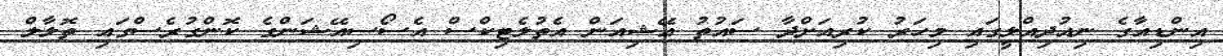
އިންޑިއާގެ ނިއުދިއްލީގައި މިހަރު ކުރިއަށްދާ ސައުތު އޭޝިއަން އެތުލެޓިކްސް އެސޯސިއޭޝަންގެ ކޮންގުރެސްގައި ތޮލާލް